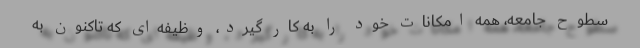
سطوح جامعه، همه امکانات خود را به کار گیرد، وظیفه‌ای که تاکنون به